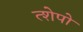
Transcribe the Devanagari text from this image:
त्शेपो